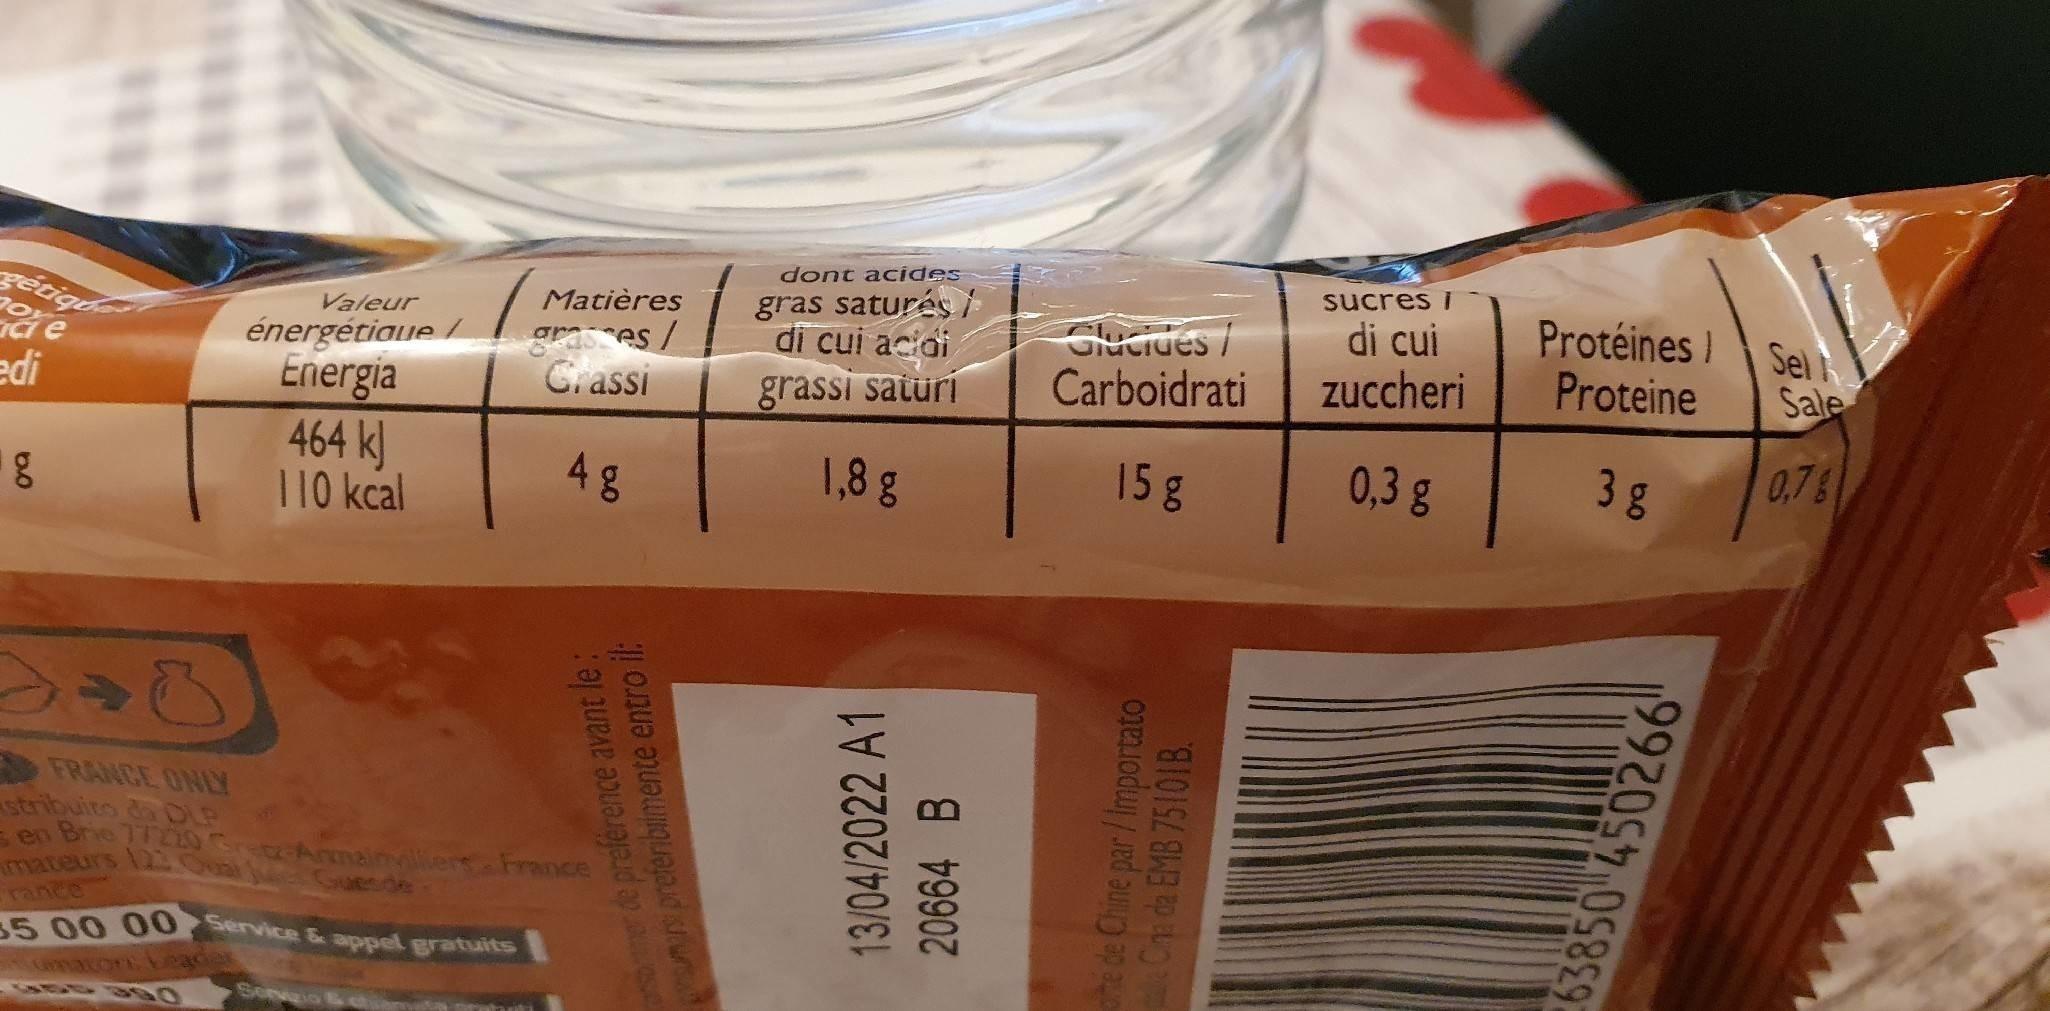
dont acides
sucres i
gras saturés di cui acioi
di cui zuccheri
ProtéinesSell Proteine
retighe
Matières
Valeur
Glucides/
graes/ C. assi
énergétiaue / Energia 464 k) 110 kcal
Carboidrati
Sale
edi
grassi saturi
0,3g
3 g
0.7
48
1,8 g
158
FRANCE ONLY stribuits da DLP - en Brie 17210 CretzArmin
France
ende
rance 35 00 0 0 Service & appel gratuits
macori
r de preférence avant le:
prsmus preferibimente entro il:
13/04/2022 A1
20664 B
he de Chine par/ Importato Cha da EMB 75101B.
63850 450266